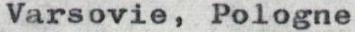
Varsovie, Pologne